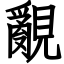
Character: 覶